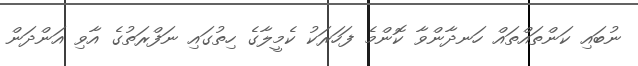
ނުބައި ކަންތައްތައް ހަނދާންވާ ކޮންމެ ފަހަރަކު ކެމީލާގެ ހިތުގައި ނަފްރަތުގެ އާވި އަންދަން